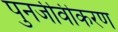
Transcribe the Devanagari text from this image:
पुनर्जीवीकरण